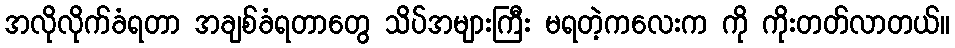
အလိုလိုက်ခံရတာ အချစ်ခံရတာတွေ သိပ်အများကြီး မရတဲ့ကလေးက ကို ကိုးတတ်လာတယ်။